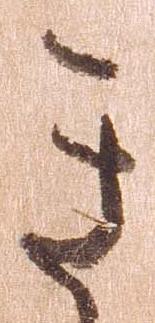
き